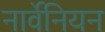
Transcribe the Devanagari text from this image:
नार्वेनियन